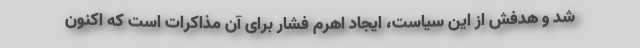
شد و هدفش از این سیاست، ایجاد اهرم فشار برای آن مذاکرات است که اکنون